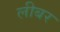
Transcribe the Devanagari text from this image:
लीबर